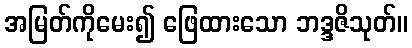
အမြတ်ကိုမေး၍ ဖြေထားသော ဘဒ္ဒဇိသုတ်။